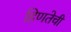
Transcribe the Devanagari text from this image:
हिणतेची